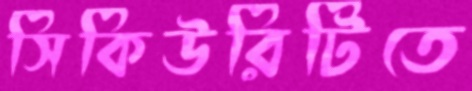
সিকিউরিটিতে